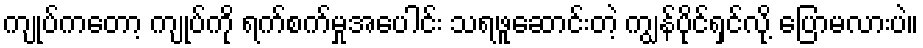
ကျုပ်ကတော့ ကျုပ်ကို ရက်စက်မှုအပေါင်း သရဖူဆောင်းတဲ့ ကျွန်ပိုင်ရှင်လို့ ပြောမလားပဲ။